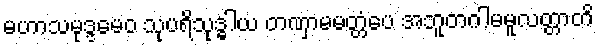
မဟာသမုဒ္ဒမေဝ သုပရိသုဒ္ဓါယ တဏှာမမတ္တံပေ အဘူတဂါမမူလတ္တာတိ